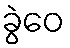
ခွဲဝေ